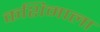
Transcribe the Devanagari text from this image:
कशिमाला